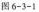
图6-3-1